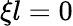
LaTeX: \xi l=0